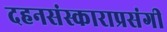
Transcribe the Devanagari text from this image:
दहनसंस्काराप्रसंगी